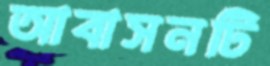
আবাসনটি